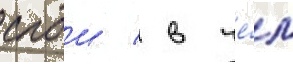
слои / в че́м